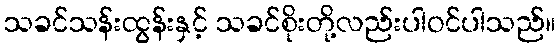
သခင်သန်းထွန်းနှင့် သခင်စိုးတို့လည်းပါဝင်ပါသည်။